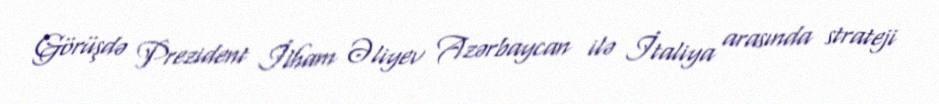
Görüşdə Prezident İlham Əliyev Azərbaycan ilə İtaliya arasında strateji